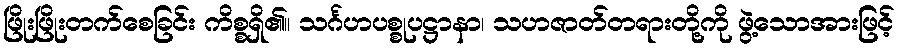
ဖြိုးဖြိုးတက်စေခြင်း ကိစ္စရှိ၏။ သင်္ဂဟပစ္စုပဋ္ဌာနာ၊ သဟဇာတ်တရားတို့ကို ဖွဲ့သောအားဖြင့်